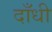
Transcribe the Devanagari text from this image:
दाँधी